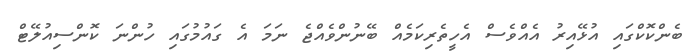
ބެންކޮކްގައި އުޅޭއިރު އެއްވެސް އެހީތެރިކަމެއް ބޭނުންވެއްޖެ ނަމަ އެ ގައުމުގައި ހުންނަ ކޮންސިއުލޭޓް